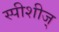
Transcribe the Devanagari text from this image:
स्पीशीज्